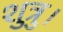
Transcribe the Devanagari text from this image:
शुत्रु।